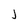
Character: j